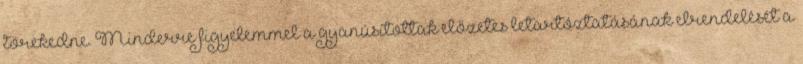
törekedne. Minderre figyelemmel a gyanúsítottak előzetes letartóztatásának elrendelését a